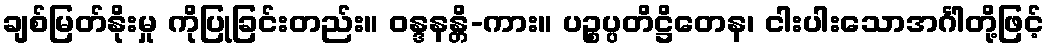
ချစ်မြတ်နိုးမှု ကိုပြုခြင်းတည်း။ ဝန္ဒနန္တိ-ကား။ ပဉ္စပ္ပတိဋ္ဌိတေန၊ ငါးပါးသောအင်္ဂါတို့ဖြင့်